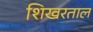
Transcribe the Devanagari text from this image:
शिखरताल